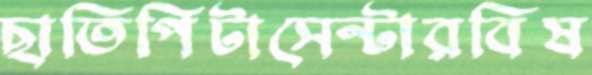
ছাতিপিটাসেন্টারবিষ